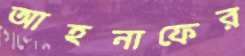
আহনাফের